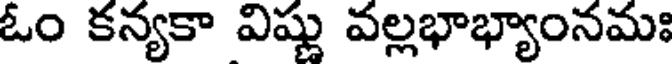
ఓం కన్యకా విష్ణు వల్లభాభ్యాంనమః